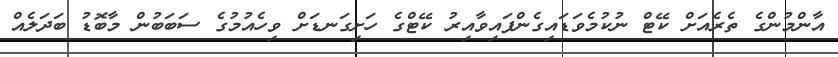
އާންމުންގެ ތެރެއަށް ކޭޓް ނުކުމެވަޑައިގެންފައިވާއިރު ކޭޓްގެ ހަށިގަނޑަށް ވިހެއުމުގެ ސަބަބުން މާބޮޑު ބަދަލެއް